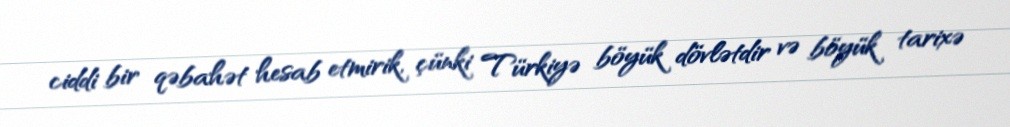
ciddi bir qəbahət hesab etmirik, çünki Türkiyə böyük dövlətdir və böyük tarixə